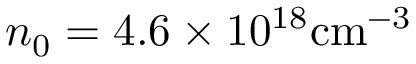
n _ { 0 } = 4 . 6 \times 1 0 ^ { 1 8 } \mathrm { { c m ^ { - 3 } } }